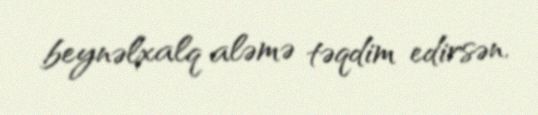
beynəlxalq aləmə təqdim edirsən.